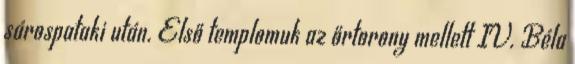
sárospataki után. Első templomuk az őrtorony mellett IV. Béla